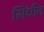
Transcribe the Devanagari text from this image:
सिंधीत